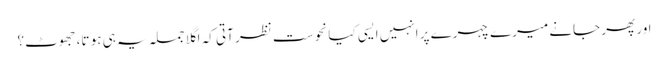
اور پھر جانے میرے چہرے پر انہیں ایسی کیا نحوست نظر آتی کہ اگلا جملہ یہ ہی ہو تا، جھوٹ؟